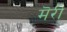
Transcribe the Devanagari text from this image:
मॆरी